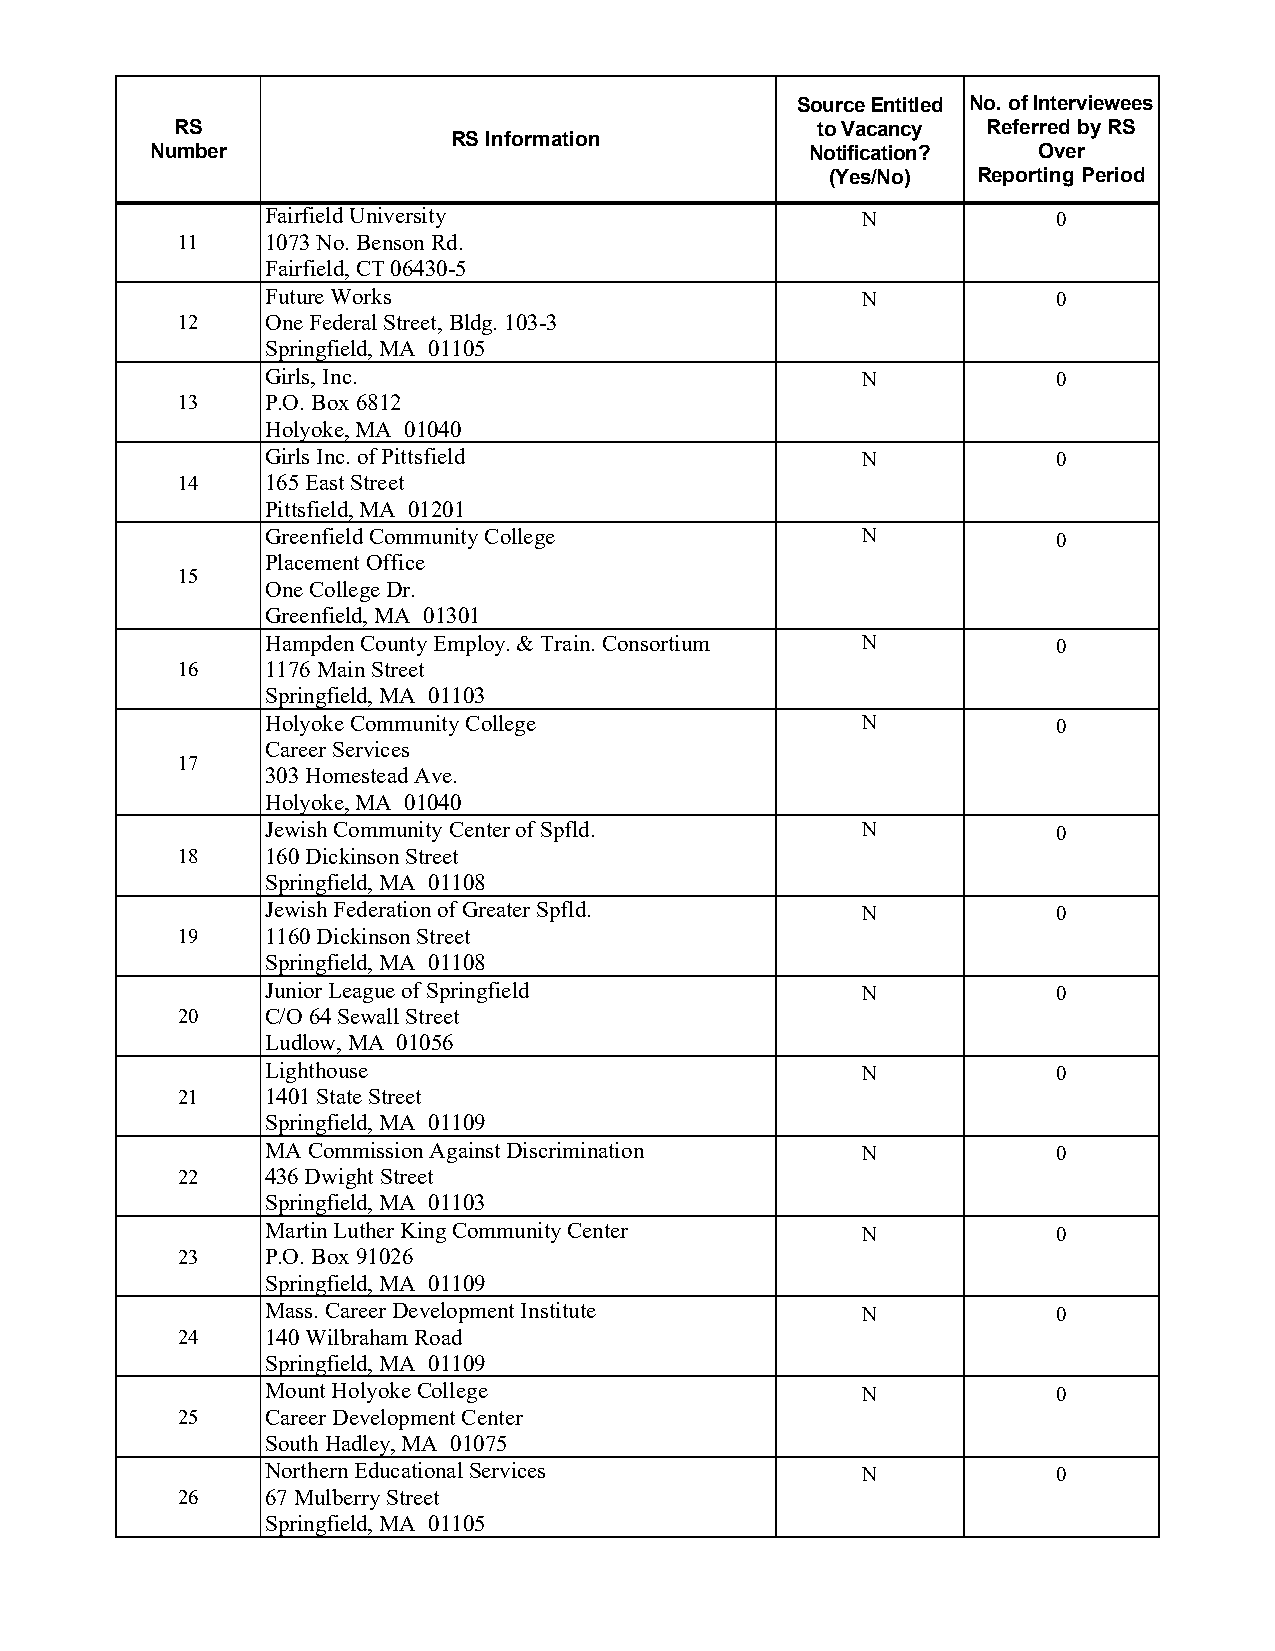
Source Entitled No. of Interviewees
 RS                                        to Vacancy Referred by RS
 RS Information
 Number                                      Notification?  Over
 (Yes/No)  Reporting Period
 Fairfield University                   N            0
 11    1073 No. Benson Rd.
 Fairfield, CT 06430-5
 Future Works                           N            0
 12    One Federal Street, Bldg. 103-3
 Springfield, MA 01105
 Girls, Inc.                            N            0
 13    P.O. Box 6812
 Holyoke, MA 01040
 Girls Inc. of Pittsfield               N            0
 14    165 East Street
 Pittsfield, MA 01201
 Greenfield Community College           N            0
 Placement Office
 15
 One College Dr.
 Greenfield, MA 01301
 Hampden County Employ. & Train. Consortium N        0
 16    1176 Main Street
 Springfield, MA 01103
 Holyoke Community College              N            0
 Career Services
 17
 303 Homestead Ave.
 Holyoke, MA 01040
 Jewish Community Center of Spfld.      N            0
 18    160 Dickinson Street
 Springfield, MA 01108
 Jewish Federation of Greater Spfld.    N            0
 19    1160 Dickinson Street
 Springfield, MA 01108
 Junior League of Springfield           N            0
 20    C/O 64 Sewall Street
 Ludlow, MA 01056
 Lighthouse                             N            0
 21    1401 State Street
 Springfield, MA 01109
 MA Commission Against Discrimination   N            0
 22    436 Dwight Street
 Springfield, MA 01103
 Martin Luther King Community Center    N            0
 23    P.O. Box 91026
 Springfield, MA 01109
 Mass. Career Development Institute     N            0
 24    140 Wilbraham Road
 Springfield, MA 01109
 Mount Holyoke College                  N            0
 25    Career Development Center
 South Hadley, MA 01075
 Northern Educational Services          N            0
 26    67 Mulberry Street
 Springfield, MA 01105